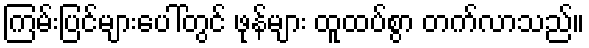
ကြမ်းပြင်များပေါ်တွင် ဖုန်များ ထူထပ်စွာ တက်လာသည်။